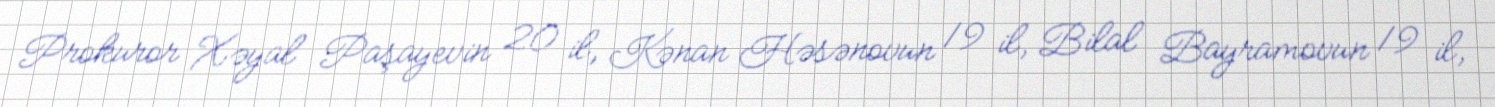
Prokuror Xəyal Paşayevin 20 il, Kənan Həsənovun 19 il, Bilal Bayramovun 19 il,